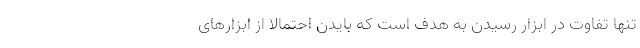
تنها تفاوت در ابزار رسیدن به هدف است که بایدن احتمالا از ابزارهای